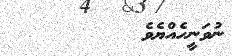
ނުވަނީހެއްޔެވެ